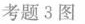
考题3图